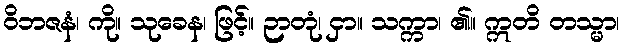
ဝိဘဇနံ၊ ကို။ သုခေန၊ ဖြင့်။ ဉာတုံ၊ ငှာ။ သက္ကာ၊ ၏။ ဣတိ တသ္မာ၊